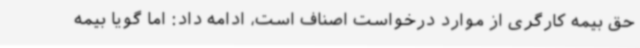
حق بیمه کارگری از موارد درخواست اصناف است، ادامه داد: اما گویا بیمه